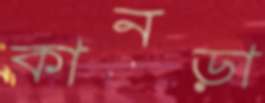
কানড়া